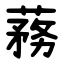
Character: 蓩